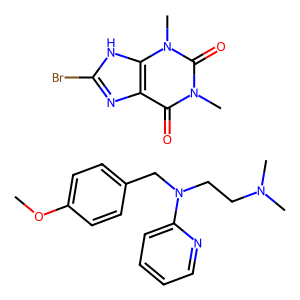
SMILES: COc1ccc(CN(CCN(C)C)c2ccccn2)cc1.Cn1c(=O)c2nc(Br)[nH]c2n(C)c1=O
Inhibits HIV replication: No